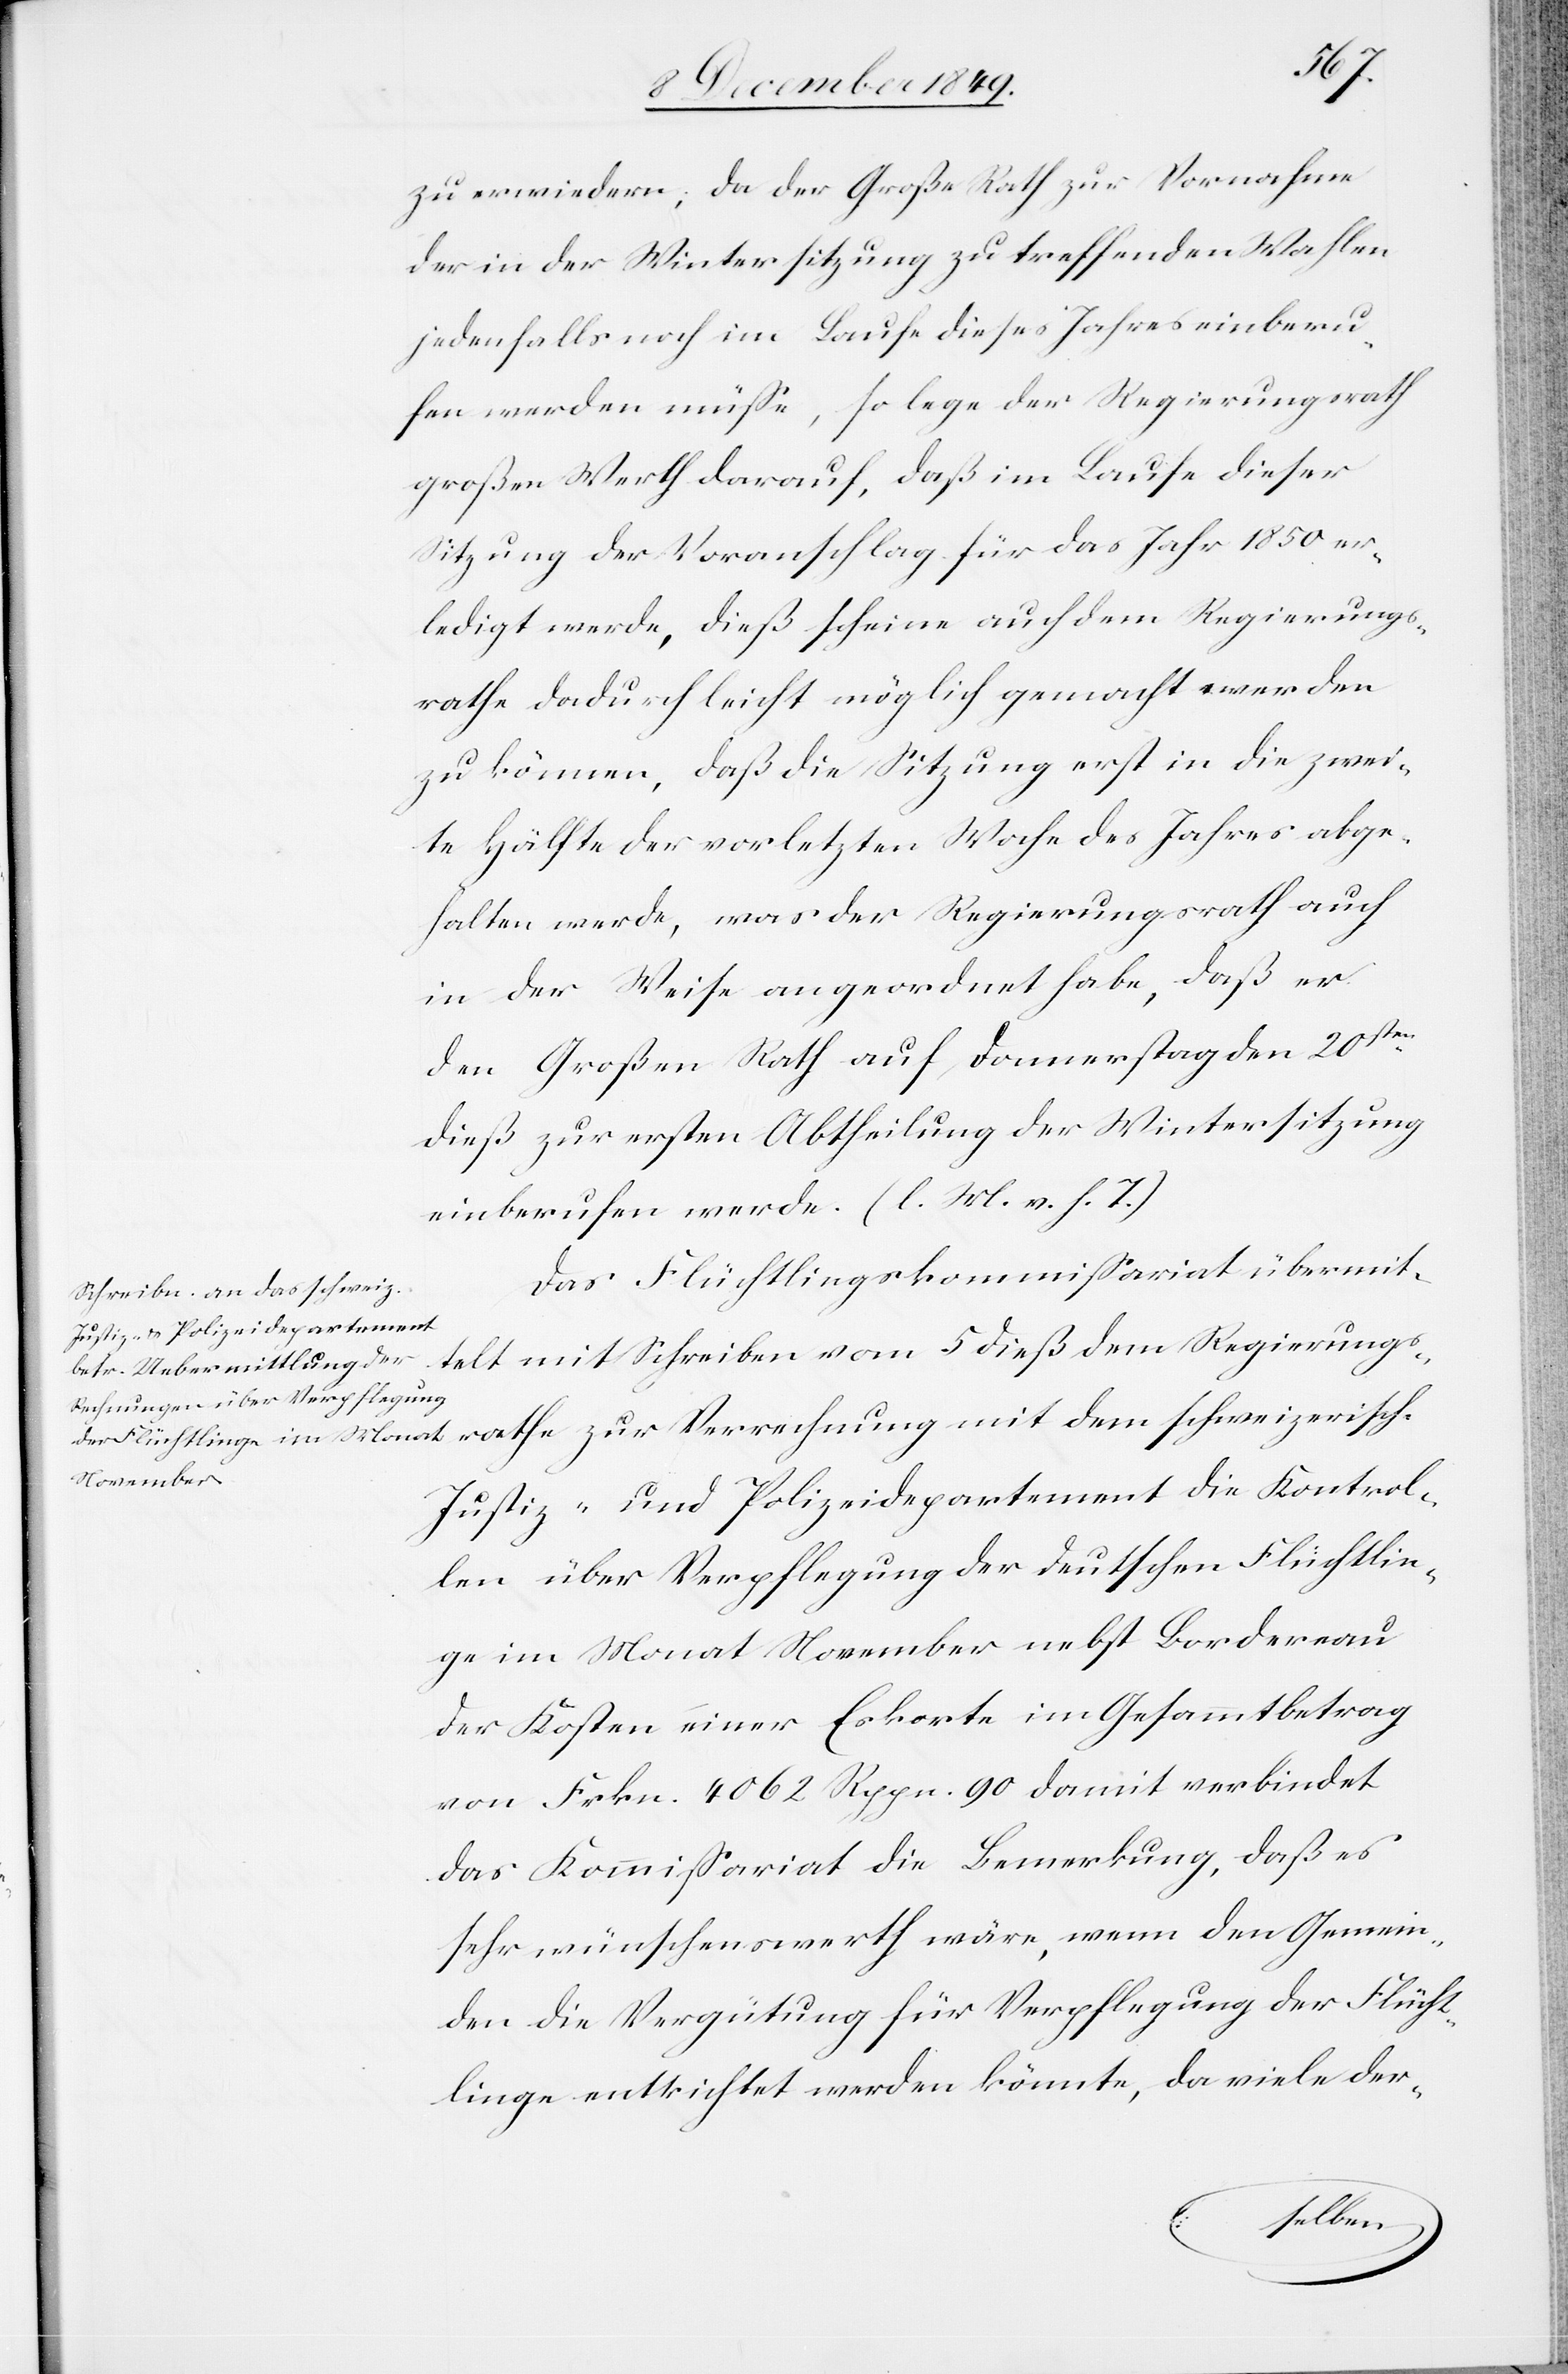
rathe
zu erwiedern, da der Große Rath zur Vornahme
der in der Wintersitzung zu treffenden Wahlen
jedenfalls noch im Laufe dieses Jahres einberu¬
fen werden müße, so lege der Regierungsrath
großen Werth darauf, daß im Laufe dieser
Sitzung der Voranschlag für das Jahr 1850 er¬
ledigt werde, dieß scheine auch dem Regierungs¬
rathe dadurch leicht möglich gemacht werden
zu können, daß die Sitzung erst in die zwei¬
te Hälfte der vorletzten Woche des Jahres abge¬
halten werde, was der Regierungsrath auch
in der Weise angeordnet habe, daß er
den Großen Rath auf, Donnerstag den 20ten
dieß zur ersten Abtheilung der Wintersitzung
einberufen werde. [l. M. v. h. T]
Das Flüchtlingskommißariat übermit¬
telt mit Schreiben vom 5 dieß dem Regierungs¬
Justiz- u. Polizeidepartement die Kontrol¬
len über Verpflegung der deutschen Flüchtlin¬
ge im Monat November nebst Bordereau
der Kosten einer Eskorte im Gesammtbetrag
von Frkn. 4062 Rppn. 90 damit verbindet
das Kommißariat die Bemerkung, daß es
sehr wünschenswerth wäre, wenn den Gemein¬
den die Vergütung für Verpflegung der Flücht¬
linge entrichtet werden könnte, da viele der-